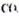
CO